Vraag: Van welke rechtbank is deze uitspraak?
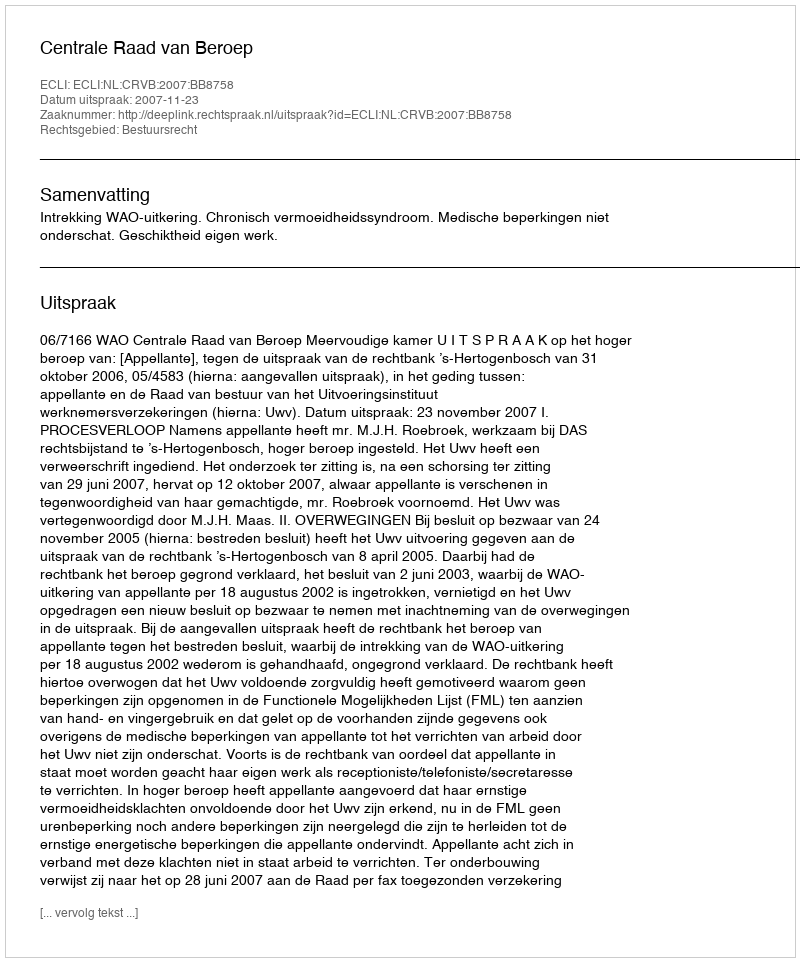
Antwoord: Centrale Raad van Beroep